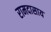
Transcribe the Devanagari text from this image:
रामदासाय